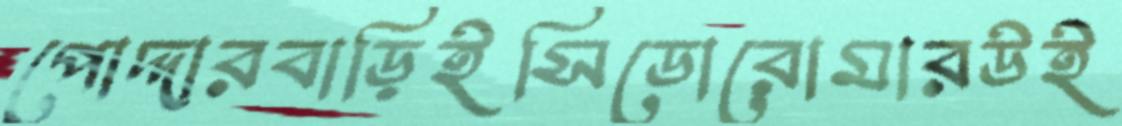
পোদ্দারবাড়িইসিডোরোমারউই